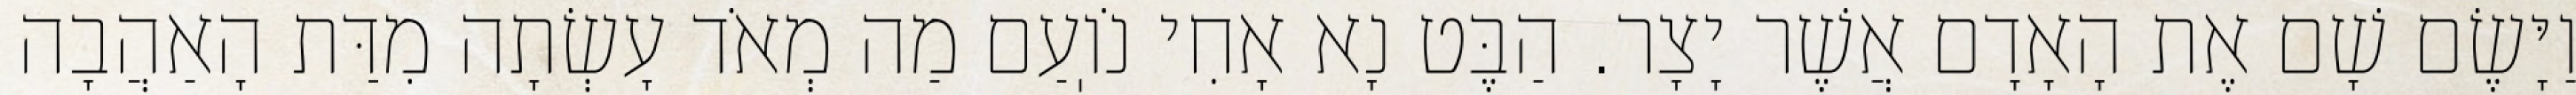
וַיָּשֶׂם שָׁם אֶת הָאָדָם אֲשֶׁר יָצָר. הַבֶּט נָא אָחִי נֹוֽעַם מַה מְאֹד עָשְׂתָה מִדַּת הָאַהֲבָה